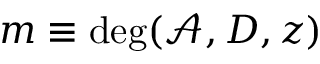
m \equiv \deg ( \mathcal { A } , D , z )